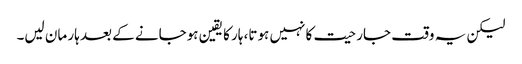
لیکن یہ وقت جارحیت کا نہیں ہوتا، ہار کا یقین ہوجانے کے بعد ہار مان لیں۔